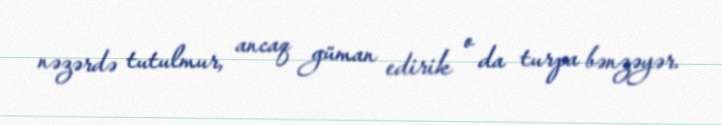
nəzərdə tutulmur, ancaq güman edirik o da turpa bənzəyər.